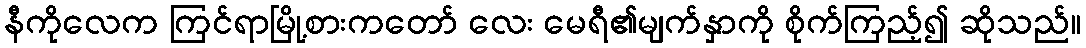
နီကိုလေက ကြင်ရာမြို့စားကတော် လေး မေရီ၏မျက်နှာကို စိုက်ကြည့်၍ ဆိုသည်။